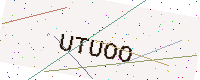
Text: UTUOO